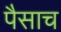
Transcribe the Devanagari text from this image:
पैसाच